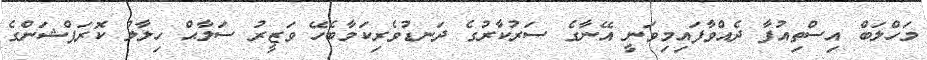
މަހްލަބް އިސްތިއުފާ ދެއްވާފައިމިވަނީ އޭނާގެ ސަރުކާރުގެ ދަނޑުވެރިކަމާބެހޭ ވަޒީރު ސަލާޙް ހިލާލު ކޮރަޕްޝަންގެ